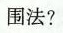
围法?